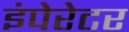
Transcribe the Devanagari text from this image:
इंपेरेटर